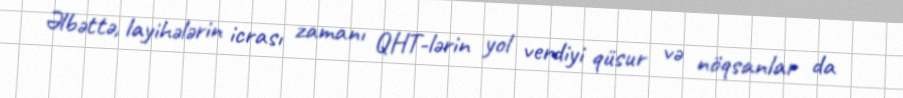
Əlbəttə, layihələrin icrası zamanı QHT-lərin yol verdiyi qüsur və nöqsanlar da